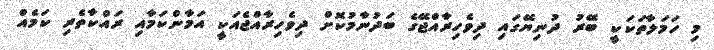
މި ހަމަލާތަކަކީ ބޭރު ދުނިޔޭގައި ދިވެހިރާއްޖޭގެ ބަދުނާމުކޮށް ދިވެހިރާއްޖެއަކީ އަމާންކަމާއި ރައްކާތެރި ކަމެއް